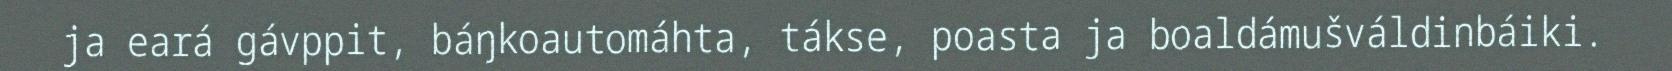
ja eará gávppit, báŋkoautomáhta, tákse, poasta ja boaldámušváldinbáiki.